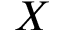
X